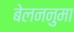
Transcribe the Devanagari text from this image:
बेलननुमा